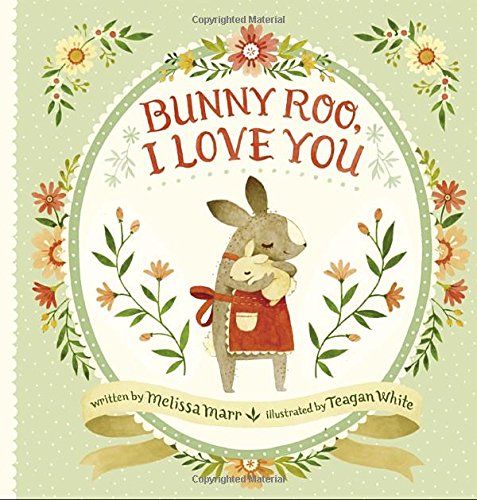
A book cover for Bunny Roo, I Love You; Melissa Marr; Children's Books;